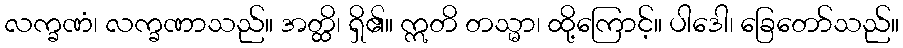
လက္ခဏံ၊ လက္ခဏာသည်။ အတ္ထိ၊ ရှိ၏။ ဣတိ တသ္မာ၊ ထို့ကြောင့်။ ပါဒေါ၊ ခြေတော်သည်။